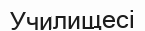
Училищесі